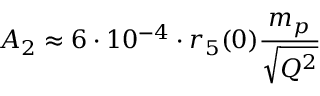
A _ { 2 } \approx 6 \cdot 1 0 ^ { - 4 } \cdot r _ { 5 } ( 0 ) { \frac { m _ { p } } { \sqrt { Q ^ { 2 } } } }